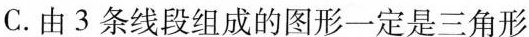
C.由3条线段组成的图形一定是三角形